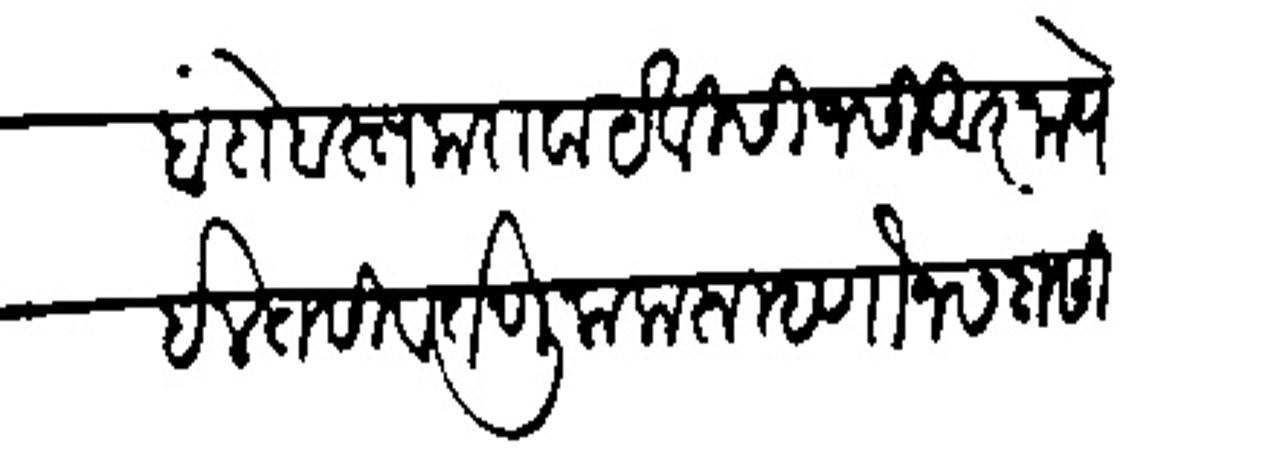
Transliteration (Devanagari): बंदोबस्त करावा येविसी जसी आता येईल तसी वर्तणूक करू म्हणौन सदासिव